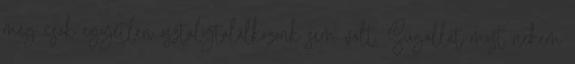
még csak egyetlen osztálytalálkozonk sem volt. Sugallat most nekem